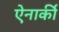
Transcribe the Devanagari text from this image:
ऐनार्की